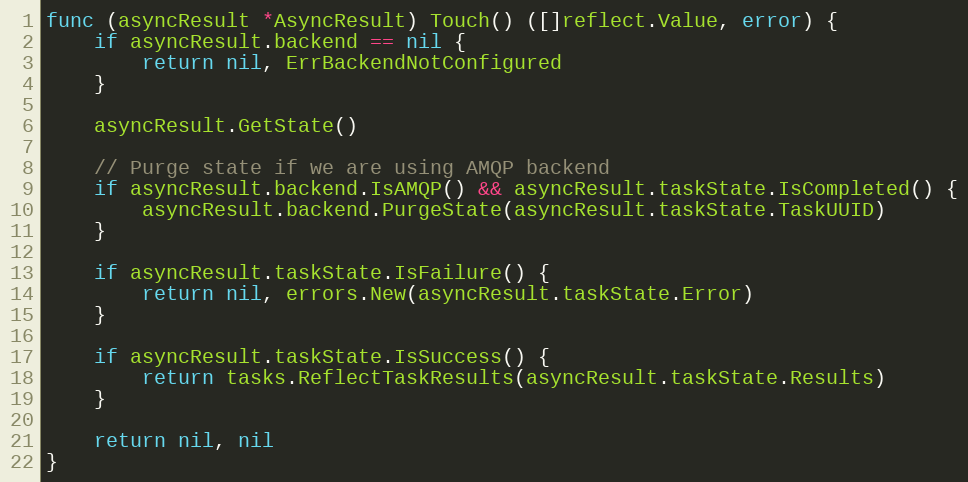
Language: Go
func (asyncResult *AsyncResult) Touch() ([]reflect.Value, error) {
	if asyncResult.backend == nil {
		return nil, ErrBackendNotConfigured
	}

	asyncResult.GetState()

	// Purge state if we are using AMQP backend
	if asyncResult.backend.IsAMQP() && asyncResult.taskState.IsCompleted() {
		asyncResult.backend.PurgeState(asyncResult.taskState.TaskUUID)
	}

	if asyncResult.taskState.IsFailure() {
		return nil, errors.New(asyncResult.taskState.Error)
	}

	if asyncResult.taskState.IsSuccess() {
		return tasks.ReflectTaskResults(asyncResult.taskState.Results)
	}

	return nil, nil
}